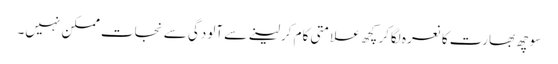
سوچھ بھارت کا نعرہ لگاکر کچھ علامتی کام کرلینے سے آلودگی سے نجات ممکن نہیں۔